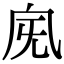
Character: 𣄯